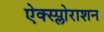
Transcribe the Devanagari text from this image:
ऐक्स्प्लोराशन